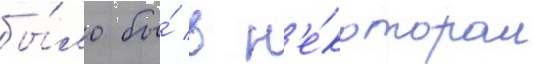
бы́ло бы́ в н'е́котором